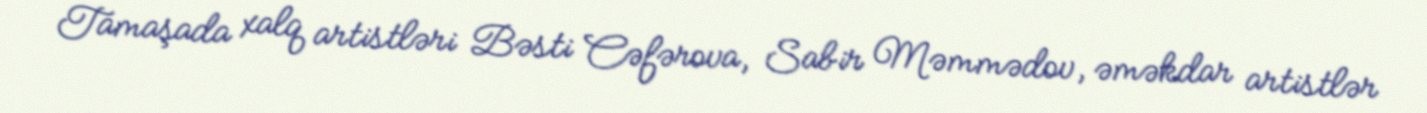
Tamaşada xalq artistləri Bəsti Cəfərova, Sabir Məmmədov, əməkdar artistlər